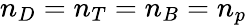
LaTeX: n_{D}=n_{T}=n_{B}=n_{p}